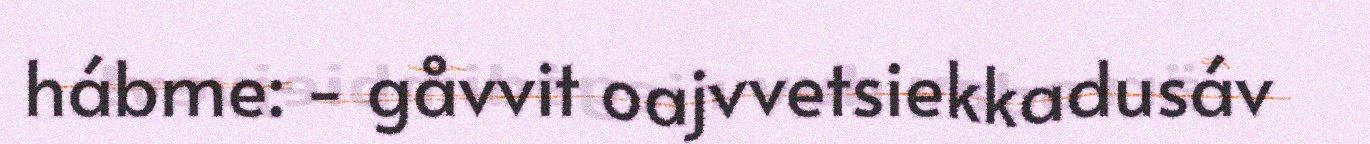
hábme: - gåvvit oajvvetsiekkadusáv